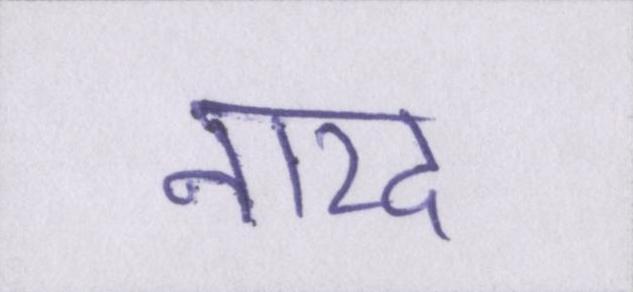
नारद